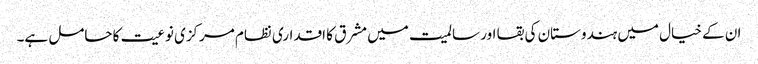
ان کے خیال میں ہندوستان کی بقا اور سالمیت میں مشرق کا اقداری نظام مرکزی نوعیت کا حامل ہے۔